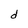
Character: d